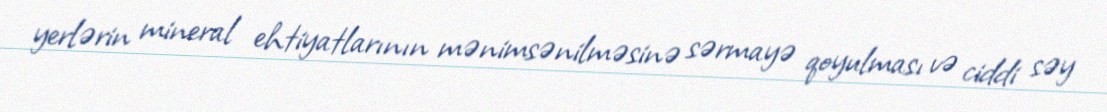
yerlərin mineral ehtiyatlarının mənimsənilməsinə sərmayə qoyulması və ciddi səy